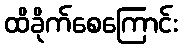
ထိခိုက်စေကြောင်း